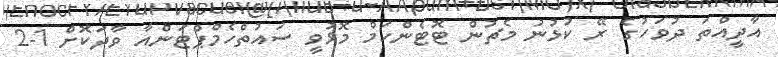
އާދީއްތަ ދުވަހުގެ ރޭ ކުޅުނު މެޗުން ޓޮޓެންހަމް މޮޅުވީ ސައުތްހެމްޕްޓަންއާ ވާދަކޮށް 1-2